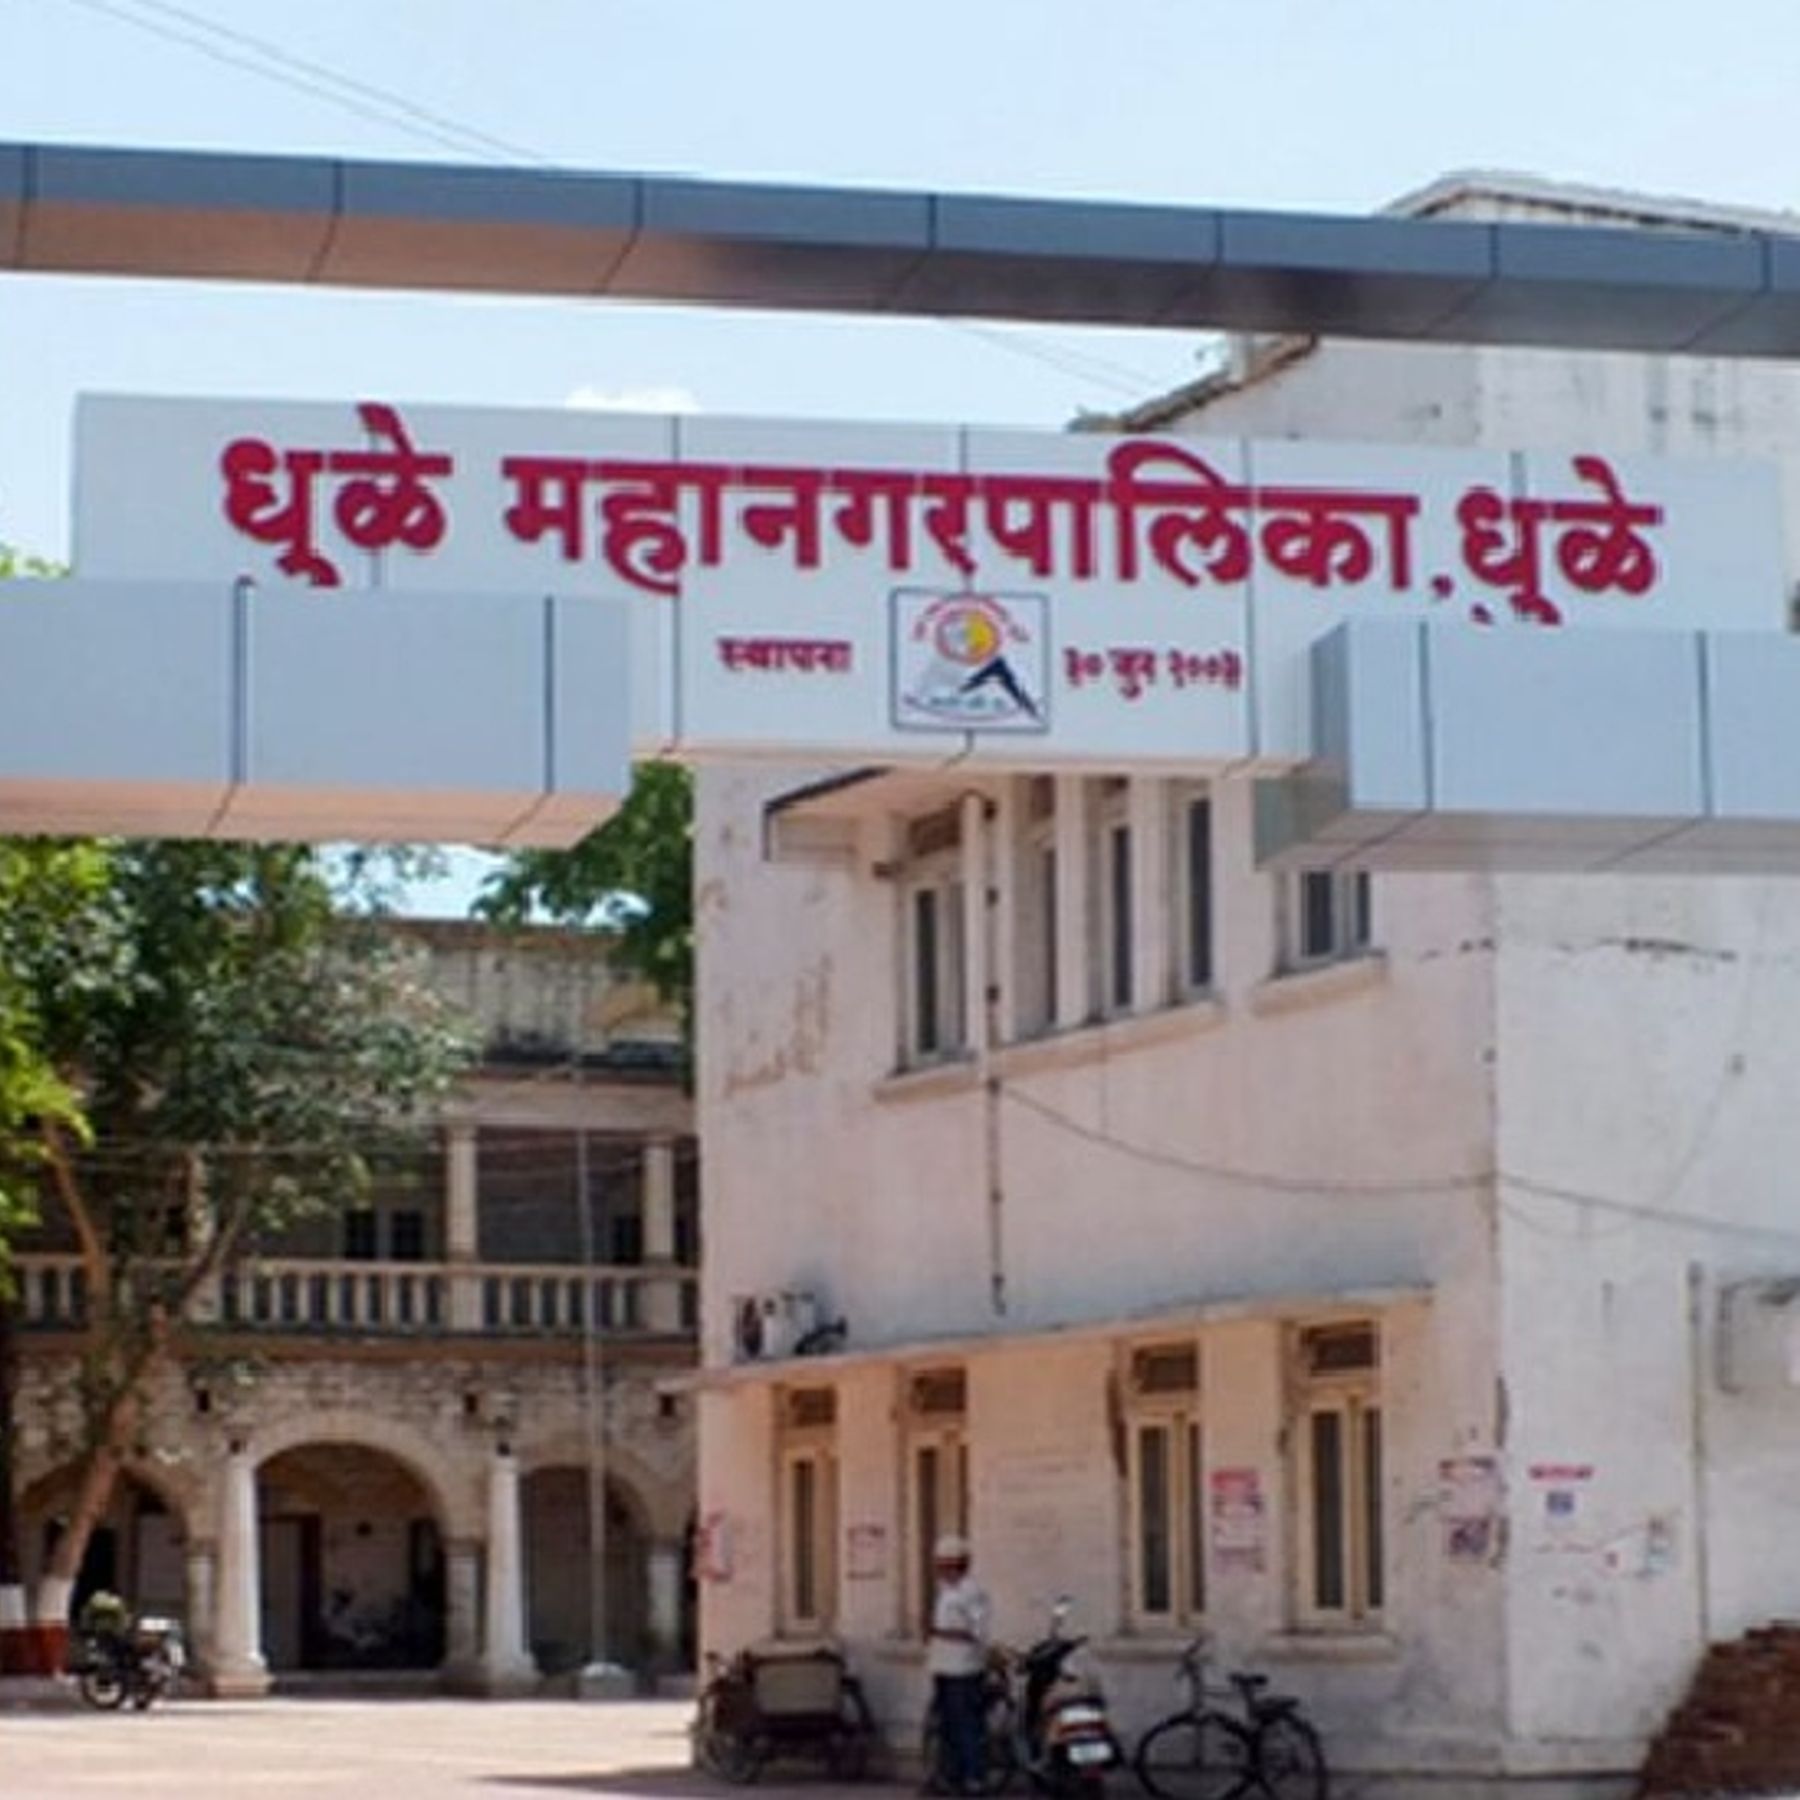
Language: marathi
Transcription: महानगरपालिका. धुळे धुळे